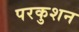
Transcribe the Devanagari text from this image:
परकुशन